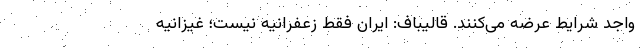
واجد شرایط عرضه می‌کنند. قالیباف: ایران فقط زعفرانیه نیست؛ غیزانیه